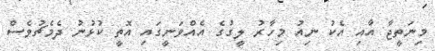
މިނަތީޖާ އާއި އެކު ނިއު މިހާރު ލީގުގެ އެއްވަނީގައި އޮތީ ކުޅުނު ދެމެޗުވެސް